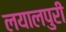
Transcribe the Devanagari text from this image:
लयालपुरी